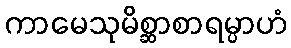
ကာမေသုမိစ္ဆာစာရမ္ပာဟံ